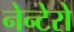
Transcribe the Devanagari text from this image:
नेन्टेरो